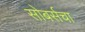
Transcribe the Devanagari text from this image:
सोबर्सचा